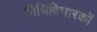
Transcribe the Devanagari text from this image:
विधिविचारकों